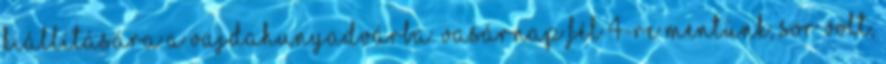
kiállítására a Vajdahunyadvárba. Vasárnap fél 4-re mentünk, sor volt,